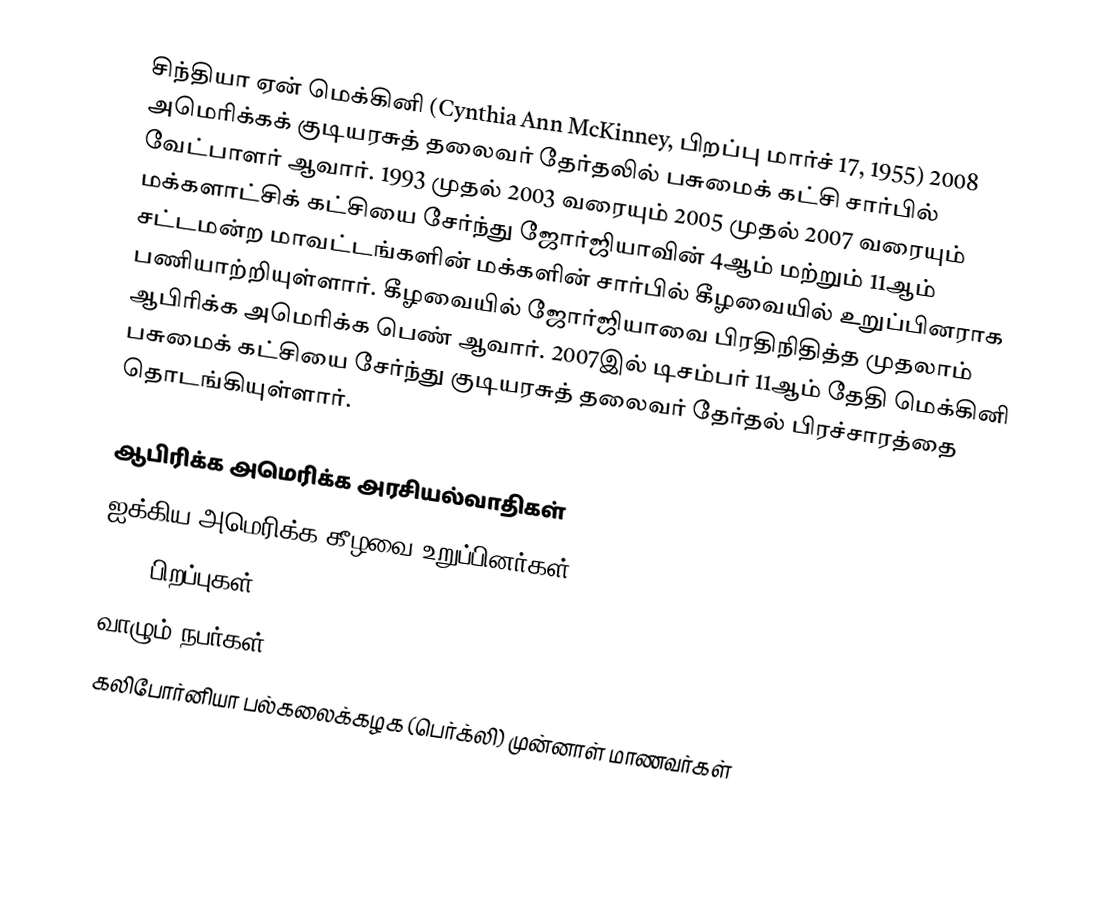
சிந்தியா ஏன் மெக்கினி (Cynthia Ann McKinney, பிறப்பு மார்ச் 17, 1955) 2008 அமெரிக்கக் குடியரசுத் தலைவர் தேர்தலில் பசுமைக் கட்சி சார்பில் வேட்பாளர் ஆவார். 1993 முதல் 2003 வரையும் 2005 முதல் 2007 வரையும் மக்களாட்சிக் கட்சியை சேர்ந்து ஜோர்ஜியாவின் 4ஆம் மற்றும் 11ஆம் சட்டமன்ற மாவட்டங்களின் மக்களின் சார்பில் கீழவையில் உறுப்பினராக பணியாற்றியுள்ளார். கீழவையில் ஜோர்ஜியாவை பிரதிநிதித்த முதலாம் ஆபிரிக்க அமெரிக்க பெண் ஆவார். 2007இல் டிசம்பர் 11ஆம் தேதி மெக்கினி பசுமைக் கட்சியை சேர்ந்து குடியரசுத் தலைவர் தேர்தல் பிரச்சாரத்தை தொடங்கியுள்ளார்.

ஆபிரிக்க அமெரிக்க அரசியல்வாதிகள்
ஐக்கிய அமெரிக்க கீழவை உறுப்பினர்கள்
1955 பிறப்புகள்
வாழும் நபர்கள்
கலிபோர்னியா பல்கலைக்கழக (பெர்க்லி) முன்னாள் மாணவர்கள்